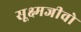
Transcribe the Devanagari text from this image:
सूक्ष्मजीवो